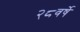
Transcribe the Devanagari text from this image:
२८वर्षे